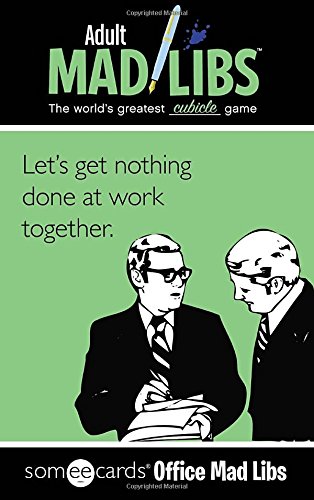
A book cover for Someecards Office Mad Libs; Jay Perrone; Humor & Entertainment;